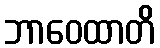
ဘာဝေထာတိ